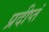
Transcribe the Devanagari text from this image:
प्रदीप्तं